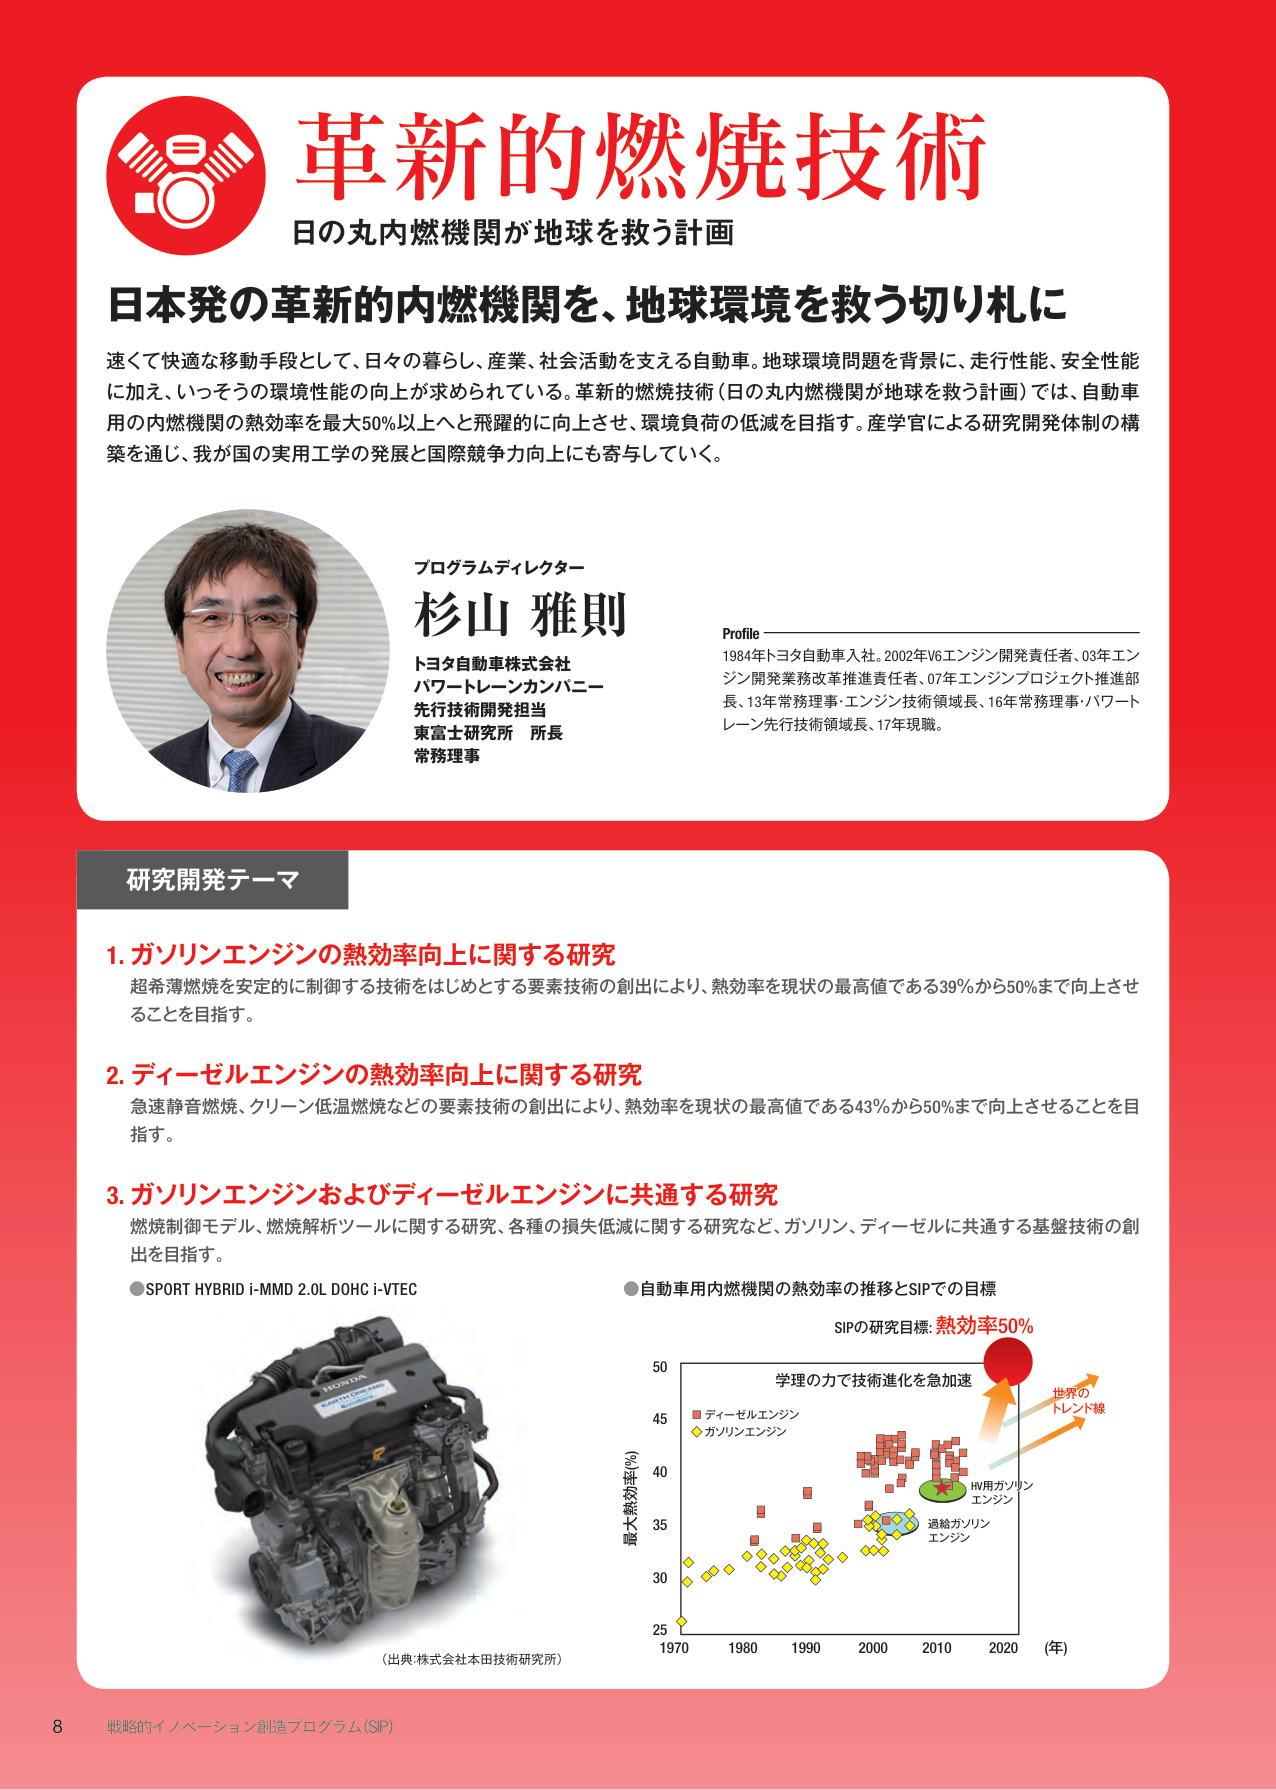
革新的燃焼技術
日の丸内燃機関が地球を救う計画

日本発の革新的内燃機関を、地球環境を救う切り札に

速くて快適な移動手段として、日々の暮らし、産業、社会活動を支える自動車。地球環境問題を背景に、走行性能、安全性能に加え、いっそうの環境性能の向上が求められている。革新的燃焼技術（日の丸内燃機関が地球を救う計画）では、自動車用の内燃機関の熱効率を最大50％以上へと飛躍的に向上させ、環境負荷の低減を目指す。産学官による研究開発体制の構築を通じ、我が国の実用工学の発展と国際競争力向上にも寄与していく。

プログラムディレクター
杉山 雅則
トヨタ自動車株式会社
パワートレーンカンパニー
先行技術開発担当
東富士研究所 所長
常務理事

Profile
1984年トヨタ自動車入社。2002年V6エンジン開発責任者、03年エンジン開発業務改革推進責任者、07年エンジンプロジェクト推進部長、13年常務理事・エンジン技術領域長、16年常務理事・パワートレーン先行技術領域長、17年現職。

研究開発テーマ

1. ガソリンエンジンの熱効率向上に関する研究
超希薄燃焼を安定的に制御する技術をはじめとする要素技術の創出により、熱効率を現状の最高値である39％から50％まで向上させることを目指す。

2. ディーゼルエンジンの熱効率向上に関する研究
急速静音燃焼、クリーン低温燃焼などの要素技術の創出により、熱効率を現状の最高値である43％から50％まで向上させることを目指す。

3. ガソリンエンジンおよびディーゼルエンジンに共通する研究
燃焼制御モデル、燃焼解析ツールに関する研究、各種の損失低減に関する研究など、ガソリン、ディーゼルに共通する基盤技術の創出を目指す。

● SPORT HYBRID i-MMD 2.0L DOHC i-VTEC
（出典：株式会社本田技術研究所）

● 自動車用内燃機関の熱効率の推移とSIPでの目標
SIPの研究目標：熱効率50％
学理の力で技術進化を急加速
世界のトレンド線
HV用ガソリンエンジン
過給ガソリンエンジン
最大熱効率（％）
25 30 35 40 45 50
1970 1980 1990 2000 2010 2020 （年）
■ ディーゼルエンジン
◆ ガソリンエンジン

8 戦略的イノベーション創造プログラム（SIP）